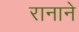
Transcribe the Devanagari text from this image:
रानाने